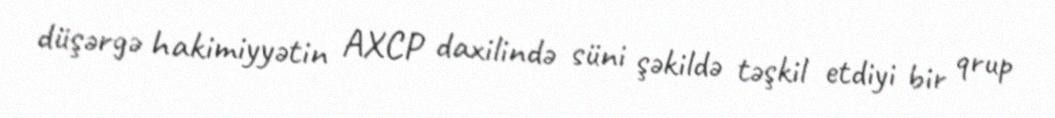
düşərgə hakimiyyətin AXCP daxilində süni şəkildə təşkil etdiyi bir qrup